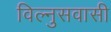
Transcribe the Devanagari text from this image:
विल्नुसवासी